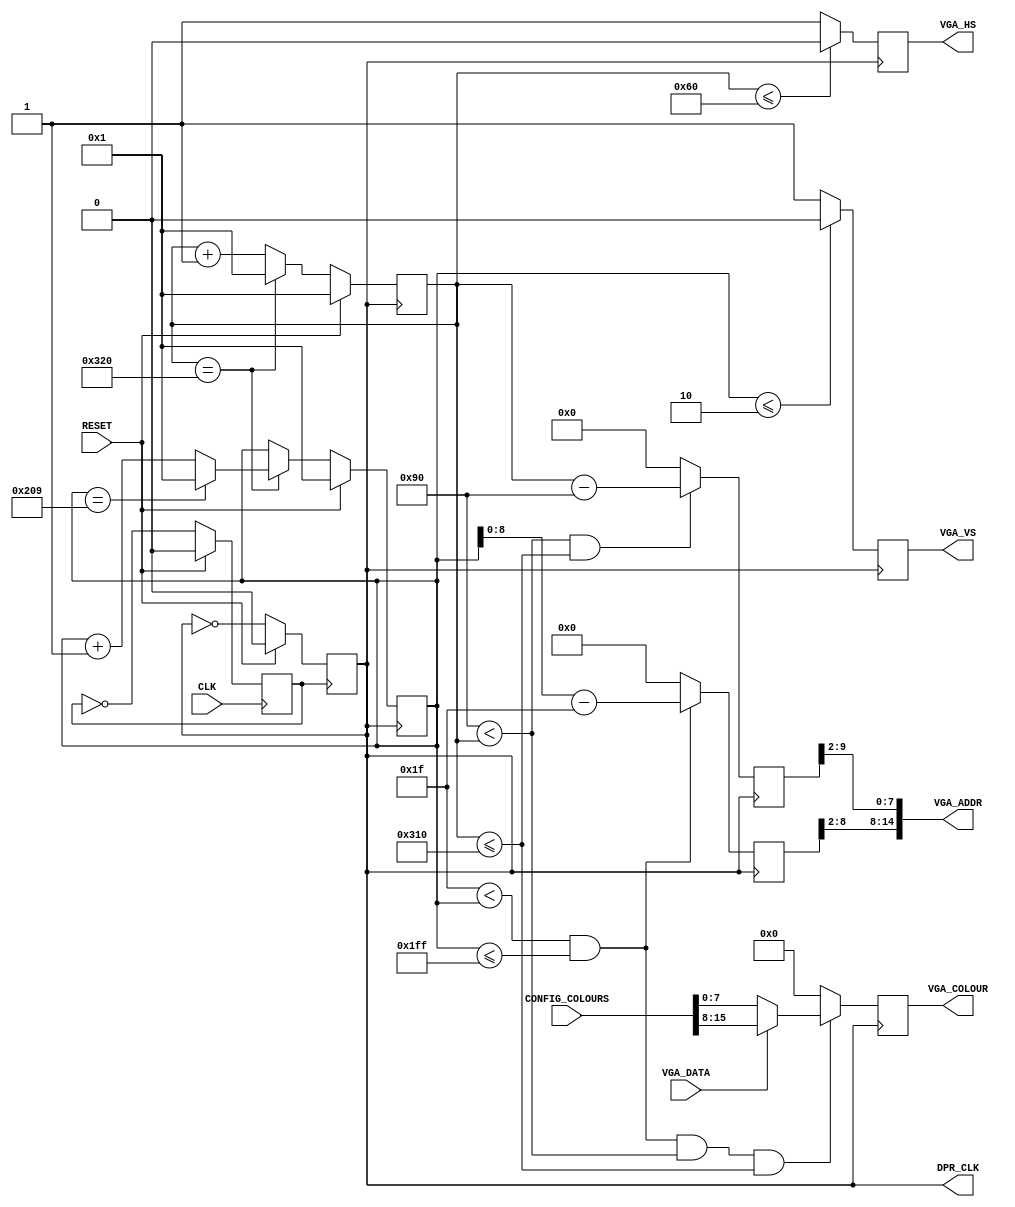
module VGA_Sig_Gen(
    input CLK,
    input RESET,
    // Colour Configuration Interface
    input [15:0] CONFIG_COLOURS,
    // Frame Buffer (Dual Port memory) Interface
    output DPR_CLK,
    output [14:0] VGA_ADDR,
    input VGA_DATA,
    // VGA Port Interface
    output reg VGA_HS,
    output reg VGA_VS,
    output reg [7:0] VGA_COLOUR
    );
    
    //Halve the clock to 25 MHz to drive the VGA display
    reg VGA_CLK_1;
    always@(posedge CLK) begin
        if (RESET)
            VGA_CLK_1 <= 0;
        else 
            VGA_CLK_1 <= ~VGA_CLK_1;
    end
    
    reg VGA_CLK;
    initial begin 
    VGA_CLK =0;
    VGA_CLK_1 =0;
    end
    
    always@(posedge VGA_CLK_1) begin
        if (RESET)
            VGA_CLK <= 0;
        else 
            VGA_CLK <= ~VGA_CLK;
    end
    
    /*
    Define VGA signal parameters eg. Horizontal and Vertical display time, pulse width, front and back porch widths, etc.
    */
    
    // Use the following signal parameters
    parameter HTs       = 800;  // Total Horizontal Sync Pulse Time
    parameter HTpw      = 96;   // Horizontal Pulse Width Time
    parameter HTDisp    = 640;  // Horizontal Display Time
    parameter Hbp       = 48;   // Horizontal Back Porch Time
    parameter Hfp       = 16;   // Horizontal Front Porch Time 
    
    parameter VTs       = 521;  // Total Vertical Sync Pulse Time
    parameter VTpw      = 2;    // Vertical Pulse Width Time
    parameter VTDisp    = 480;  // Vertical Display Time
    parameter Vbp       = 29;   // Vertical Back Porch Time
    parameter Vfp       = 10;   // Vertical Front Porch Time    
    
     //Vertical Lines Timeline
    parameter VertTimeToPulseWidthEnd  = 10'd2;
    parameter VertTimeToBackPorchEnd   = 10'd31;
    parameter VertTimeToDisplayTimeEnd = 10'd511;
    parameter VertTimeToFrontPorchEnd  = 10'd521;
    
    //Horizental Lines Timeline
    parameter HorzTimeToPulseWidthEnd  = 10'd96;
    parameter HorzTimeToBackPorchEnd   = 10'd144;
    parameter HorzTimeToDisplayTimeEnd = 10'd784;
    parameter HorzTimeToFrontPorchEnd  = 10'd800;
    
    // Define Horizontal and Vertical Counter to generate the VGA signal
    reg [9:0]   ADDRH;
    reg [9:0]   ADDRV;
    
    reg [9:0]   HCounter;
    reg [9:0]   VCounter;
    initial begin
    HCounter <= 1;
    VCounter <= 1;
    end
    
    /*
    Create a process that assigns the proper horizontal and vertical counter values for raster scan of the display
    */
    
    always@(posedge VGA_CLK) begin
        if (RESET)
            HCounter <= 1;
        else begin
            if (HCounter == 800)
                HCounter <= 1;
            else
                HCounter <= HCounter + 1;
        end
    end
    
    always@(posedge VGA_CLK) begin
        if (RESET)
            VCounter <= 1;
        else begin
        if (HCounter == 800) begin
            if(VCounter == 521)
                VCounter <= 1;
            else 
                VCounter <= VCounter + 1;
        end
        end
    end
    
    /*
    Need to create the address of the next pixel. Concatenate and tie the look ahead address to the frame buffer address
    */
    
    assign DPR_CLK  = VGA_CLK;
    assign VGA_ADDR = {ADDRV[8:2], ADDRH[9:2]};
    
    /*
    Create a process that generates the Horizontal and Vertical synchronisation signals, as well as the pixel colour information,
    use HCounter and VCounter. Do not forget to use CONFIG_COLOURS input to display the right foreground and background colours
    */
    
    //Decide when the Horizontal Sync set high or low                     
    always@(posedge VGA_CLK) begin     
        if (HCounter <= HorzTimeToPulseWidthEnd)
            VGA_HS <= 0;
        else
            VGA_HS <= 1;
    
    
    //Decide when the Vertical Sync set high or low 
    
        if (VCounter <= VertTimeToPulseWidthEnd)
            VGA_VS <= 0;
        else
            VGA_VS <= 1;
    
    
    
     //Make the Vertical address increase at the same speed as the two counters
    
        if((VertTimeToBackPorchEnd < VCounter) && (VCounter <= VertTimeToDisplayTimeEnd))
           ADDRV <= VCounter- VertTimeToBackPorchEnd;
        else
           ADDRV <= 0;
    
    
     //Make the Horizontal address increase at the same speed as the two counters         
    
        if ((HorzTimeToBackPorchEnd < HCounter) && (HCounter <= HorzTimeToDisplayTimeEnd))
            ADDRH <= HCounter-HorzTimeToBackPorchEnd;            
       else 
            ADDRH <= 0;
    
    
    /*
    Finally, tie the output of the frame buffer to the colour ouput VGA_COLOUR
    */
        if ((VertTimeToBackPorchEnd < VCounter) && (VCounter <= VertTimeToDisplayTimeEnd) && (HorzTimeToBackPorchEnd < HCounter) &&(HCounter <= HorzTimeToDisplayTimeEnd)) begin
            if(VGA_DATA)begin
                VGA_COLOUR <= CONFIG_COLOURS[15:8]; 
            end
            else begin
            VGA_COLOUR <= CONFIG_COLOURS[7:0];
            end
        end
        else
        VGA_COLOUR <=16'b0000000000000000;   
    
       
end


endmodule